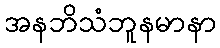
အနဘိသံဘူနမာနာ